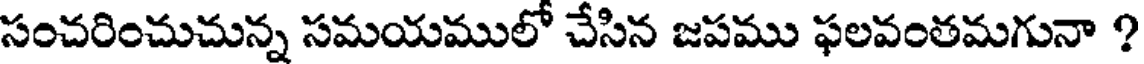
సంచరించుచున్న సమయములో చేసిన జపము ఫలవంతమగునా ?